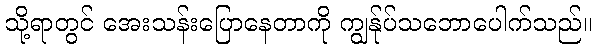
သို့ရာတွင် အေးသန်းပြောနေတာကို ကျွန်ုပ်သဘောပေါက်သည်။